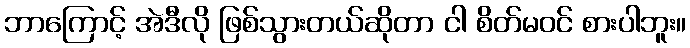
ဘာကြောင့် အဲဒီလို ဖြစ်သွားတယ်ဆိုတာ ငါ စိတ်မဝင် စားပါဘူး။